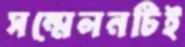
সম্মেলনটিই